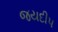
જયદીપ